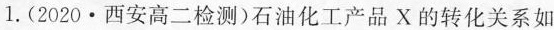
1.(2020·西安高二检测)石油化工产品X的转化关系如